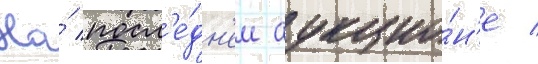
На́ посл'е́дн'ем аукцио́н'е /